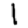
Digit: 1